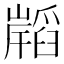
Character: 𭗧